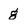
Character: g